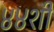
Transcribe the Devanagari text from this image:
४४शी